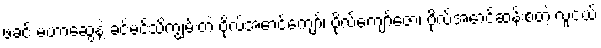
ဖခင် မဟာဆွေနဲ့ ခင်မင်သိကျွမ်းတဲ့ ဗိုလ်အောင်ကျော်၊ ဗိုလ်ကျော်ဇော၊ ဗိုလ်အောင်ဆန်းစတဲ့ လူငယ်